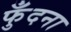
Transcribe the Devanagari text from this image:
फुँदना